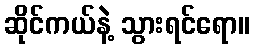
ဆိုင်ကယ်နဲ့ သွားရင်ရော။